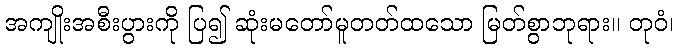
အကျိုးအစီးပွားကို ပြ၍ ဆုံးမတော်မူတတ်ထသော မြတ်စွာဘုရား။ တုဝံ၊